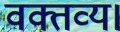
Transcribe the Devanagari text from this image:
वक्तव्य।